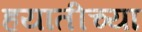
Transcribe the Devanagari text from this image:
हयातीच्या